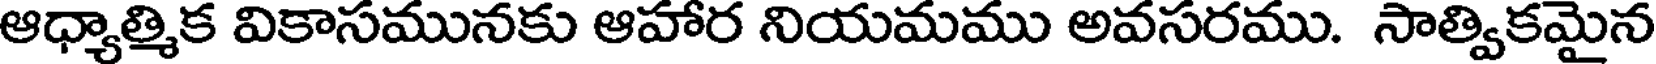
ఆధ్యాత్మిక వికాసమునకు ఆహార నియమము అవసరము. సాత్వికమైన